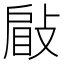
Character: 𢾥